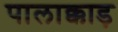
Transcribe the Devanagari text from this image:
पालाक्काड़